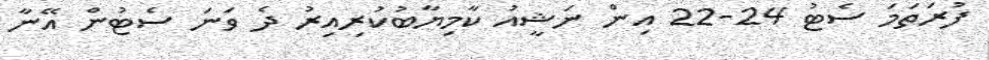
ފުރަތަމަ ސެޓު 24-22 އިން ނަޝީއު ކާމިޔާބުކުރިއިރު ދެ ވަނަ ސެޓުން އޭނާ